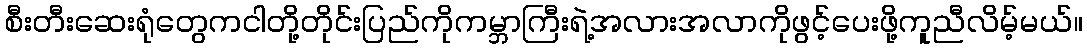
စီးတီးဆေးရုံတွေကငါတို့တိုင်းပြည်ကိုကမ္ဘာကြီးရဲ့အလားအလာကိုဖွင့်ပေးဖို့ကူညီလိမ့်မယ်။